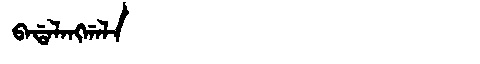
Manchu: ᠪᠠᡩᠠᠯᠠᠩᡤᠠᠯᠠ
Romanization: BADALANGGALA